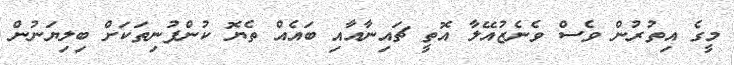
މީގެ އިތުރުން ވެސް ވެނެޒުއޭލާ އޮތީ ޗައިނާއާއި ބައެއް ތެޔޮ ކުންފުނިތަކަށް ބިލިޔަނުން